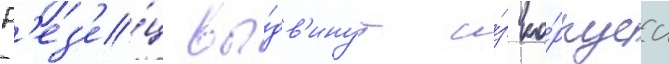
Р'ез'е́ц вы́дв'инут и́з ко́рпуса